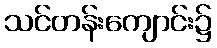
သင်တန်းကျောင်း၌